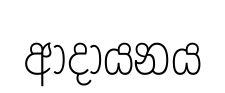
ආදායනය